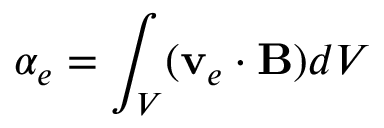
\alpha _ { e } = \int _ { V } ( \mathbf { v } _ { e } \cdot \mathbf { B } ) d V